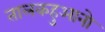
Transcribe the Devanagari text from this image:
तालकहुआनो